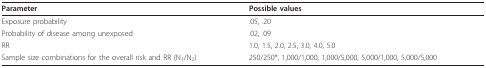
<table><thead><tr><td><b>Parameter</b></td><td><b>Possible values</b></td></tr></thead><tbody><tr><td>Exposure probability</td><td>.05, .20</td></tr><tr><td>Probability of disease among unexposed</td><td>.02, .09</td></tr><tr><td>RR</td><td>1.0, 1.5, 2.0, 2.5, 3.0, 4.0, 5.0</td></tr><tr><td>Sample size combinations for the overall risk and RR (N<sub>1</sub>/N<sub>2</sub>)</td><td>250/250*, 1,000/1,000, 1,000/5,000, 5,000/1,000, 5,000/5,000</td></tr></tbody></table>